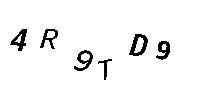
4R9TD9